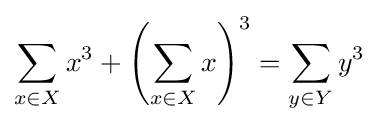
\sum _{x\in X}x^{3}+\left(\sum _{x\in X}x\right)^{3}=\sum _{y\in Y}y^{3}